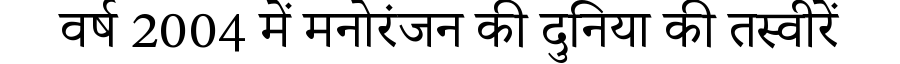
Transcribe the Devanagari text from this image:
वर्ष 2004 में मनोरंजन की दुनिया की तस्वीरें